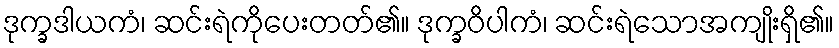
ဒုက္ခဒါယကံ၊ ဆင်းရဲကိုပေးတတ်၏။ ဒုက္ခဝိပါကံ၊ ဆင်းရဲသောအကျိုးရှိ၏။